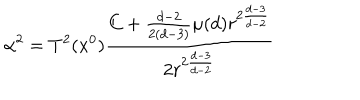
\alpha ^ { 2 } = T ^ { 2 } ( x ^ { 0 } ) \frac { C + \frac { d - 2 } { 2 ( d - 3 ) } \mu ( d ) r ^ { 2 \frac { d - 3 } { d - 2 } } } { 2 r ^ { 2 \frac { d - 3 } { d - 2 } } }